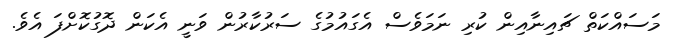
މަސައްކަތް ޗައިނާއިން ކުރި ނަމަވެސް އެގައުމުގެ ސަރުކާރުން ވަނީ އެކަން ދޮގުކޮށްފަ އެވެ.